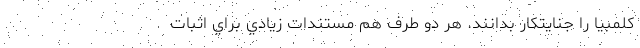
كلمبيا را جنايتكار بدانند. هر دو طرف هم مستندات زيادي براي اثبات